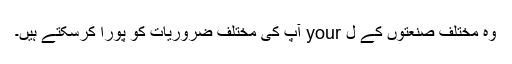
وہ مختلف صنعتوں کے ل your آپ کی مختلف ضروریات کو پورا کرسکتے ہیں۔